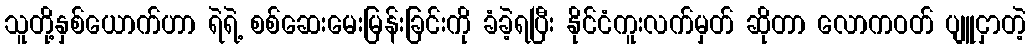
သူတို့နှစ်ယောက်ဟာ ရဲရဲ့ စစ်ဆေးမေးမြန်းခြင်းကို ခံခဲ့ရပြီး နိုင်ငံကူးလက်မှတ် ဆိုတာ လောကဝတ် ပျူငှာတဲ့